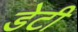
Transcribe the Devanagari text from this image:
डेटी